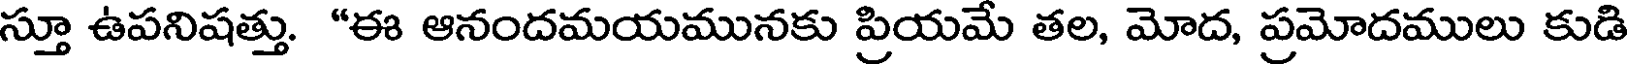
స్తూ ఉపనిషత్తు. "ఈ ఆనందమయమునకు ప్రియమే తల, మోద, ప్రమోదములు కుడి